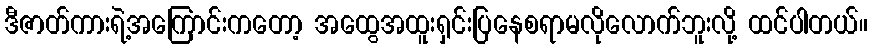
ဒီဇာတ်ကားရဲ့အကြောင်းကတော့ အထွေအထူးရှင်းပြနေစရာမလိုလောက်ဘူးလို့ ထင်ပါတယ်။